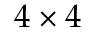
4 \times 4